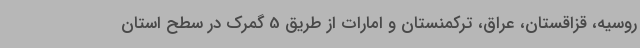
روسیه، قزاقستان، عراق، ترکمنستان و امارات از طریق 5 گمرک در سطح استان